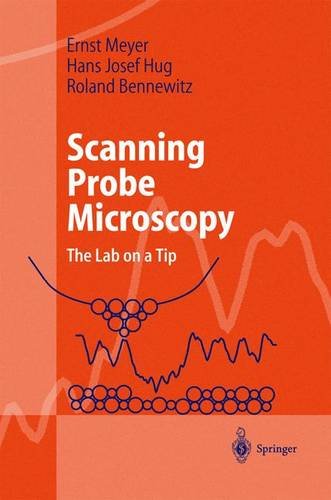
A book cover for Scanning Probe Microscopy:  The Lab on a Tip; Ernst Meyer; Science & Math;